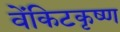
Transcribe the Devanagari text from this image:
वेंकिटकृष्ण